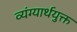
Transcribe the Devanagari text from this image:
व्यंग्यार्थयुक्त